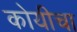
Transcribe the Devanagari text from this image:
कोयीचा